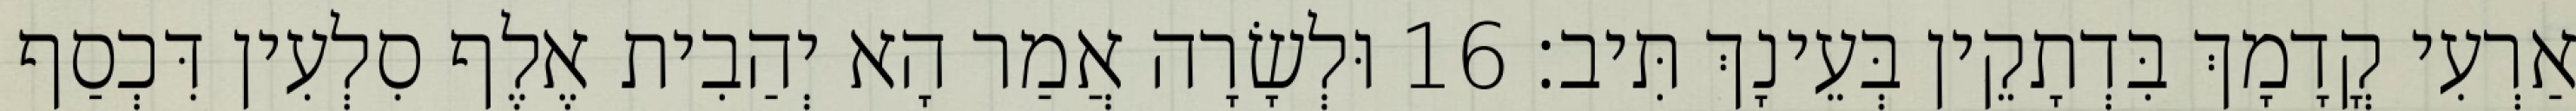
אַרְעִי קֳדָמָךְ בִּדְתָקֵין בְּעֵינָךְ תִּיב׃ 16 וּלְשָׂרָה אֲמַר הָא יְהַבִית אֶלֶף סִלְעִין דִּכְסַף